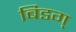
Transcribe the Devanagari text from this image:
बिडग्